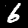
Label: 6